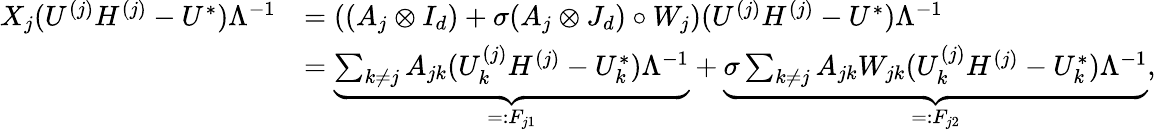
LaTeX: \begin{array}{rl}{X_{j}(U^{(j)}H^{(j)}-U^{*})\Lambda^{-1}}&{=\left((A_{j}\otimes I_{d})+\sigma(A_{j}\otimes J_{d})\circ W_{j}\right)(U^{(j)}H^{(j)}-U^{*})\Lambda^{-1}}\\ &{=\underbrace{\sum_{k\neq j}A_{jk}(U_{k}^{(j)}H^{(j)}-U_{k}^{*})\Lambda^{-1}}_{=:F_{j1}}+\underbrace{\sigma\sum_{k\neq j}A_{jk}W_{jk}(U_{k}^{(j)}H^{(j)}-U_{k}^{*})\Lambda^{-1}}_{=:F_{j2}},}\end{array}